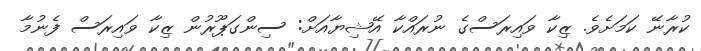
ކުރާނޭ ކަމަށެވެ. ޒިކާ ވައިރަސްގެ ނުރައްކާ އޭޝިޔާއަށް: ސިންގަޕޫރުން ޒިކާ ވައިރަސް ފެނުމާ